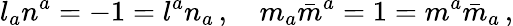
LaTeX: l_{a}n^{a}=-1=l^{a}n_{a}\, ,\quad m_{a}{\bar{m}}^{a}=1=m^{a}{\bar{m}}_{a}\, ,